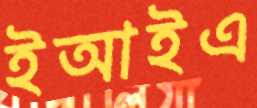
ইআইএ